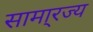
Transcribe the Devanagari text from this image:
सामा्रज्य